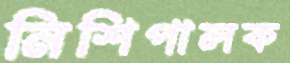
নিশিপালক